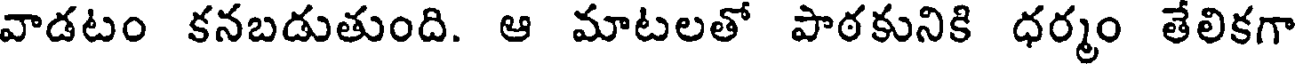
వాడటం కనబడుతుంది. ఆ మాటలతో పాఠకునికి ధర్మం తేలికగా